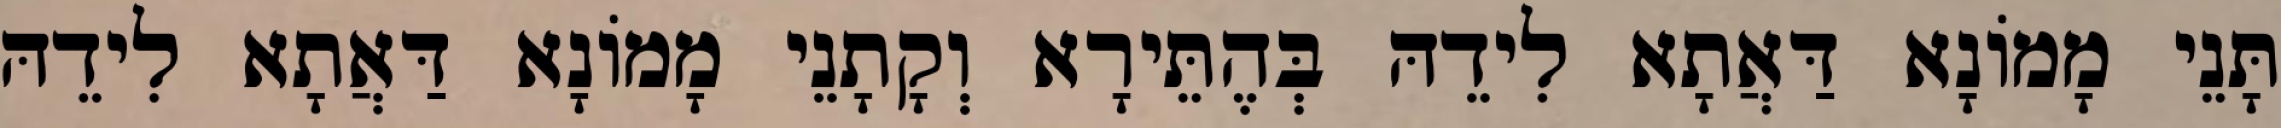
תָּנֵי מָמוֹנָא דַּאֲתָא לִידֵהּ בְּהֶתֵּירָא וְקָתָנֵי מָמוֹנָא דַּאֲתָא לִידֵהּ